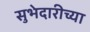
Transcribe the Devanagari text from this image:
सुभेदारीच्या